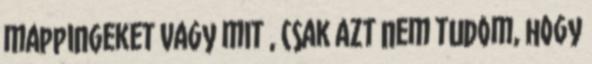
mappingeket vagy mit , csak azt nem tudom, hogy